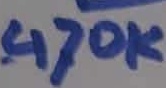
Text: 470K